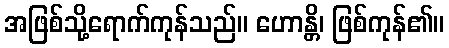
အဖြစ်သို့ရောက်ကုန်သည်။ ဟောန္တိ၊ ဖြစ်ကုန်၏။